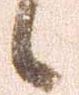
候